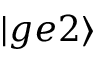
| g e 2 \rangle